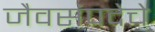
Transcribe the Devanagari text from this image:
जैवसंपदेचे